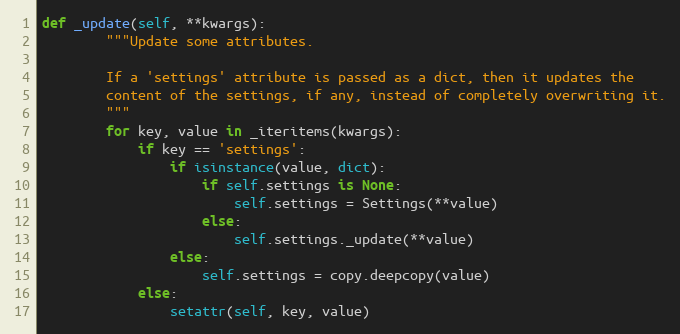
Language: Python
def _update(self, **kwargs):
        """Update some attributes.

        If a 'settings' attribute is passed as a dict, then it updates the
        content of the settings, if any, instead of completely overwriting it.
        """
        for key, value in _iteritems(kwargs):
            if key == 'settings':
                if isinstance(value, dict):
                    if self.settings is None:
                        self.settings = Settings(**value)
                    else:
                        self.settings._update(**value)
                else:
                    self.settings = copy.deepcopy(value)
            else:
                setattr(self, key, value)